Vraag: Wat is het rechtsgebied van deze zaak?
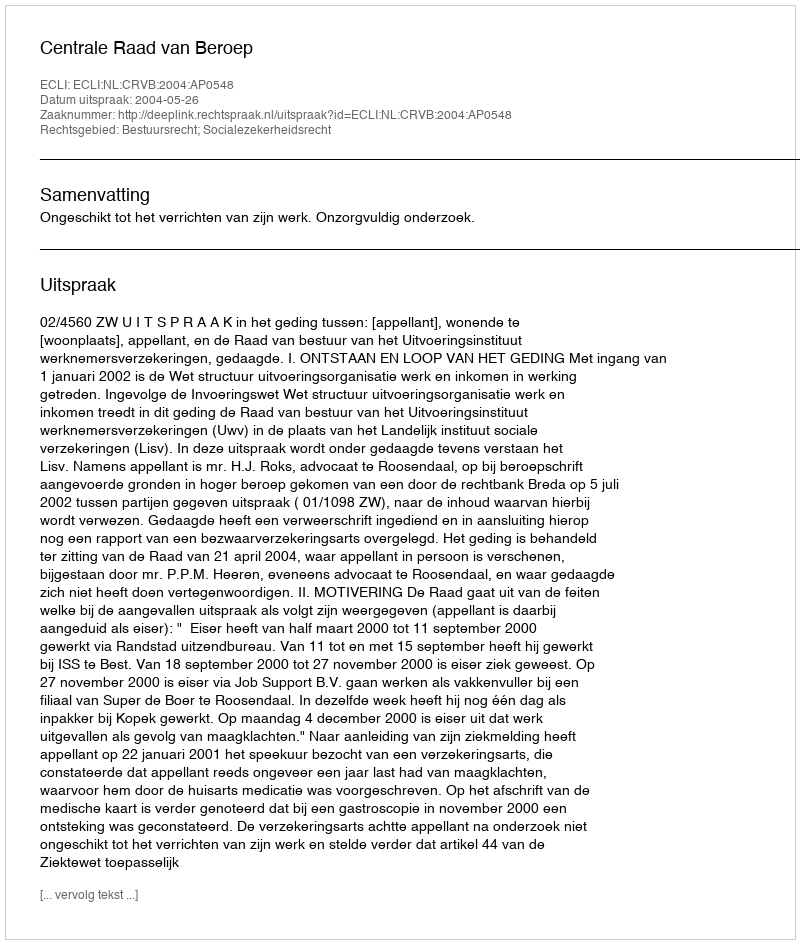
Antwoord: Bestuursrecht; Socialezekerheidsrecht